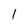
Character: 1